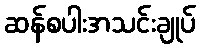
ဆန်စပါးအသင်းချုပ်